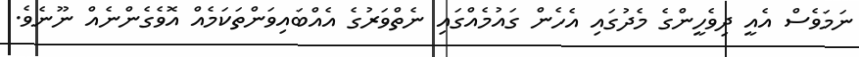
ނަމަވެސް އެއީ ދިވެހީންގެ މެދުގައި އެހެން ގައުމެއްގައި ނެތްވަރުގެ އެއްބައިވަންތަކަމެއް އޮވެގެންނެއް ނޫނެވެ.